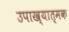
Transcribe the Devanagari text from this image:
उपाख्यात्मक